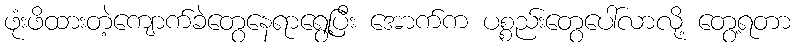
ဖုံးဖိထားတဲ့ကျောက်ခဲတွေနေရာရွေ့ပြီး အောက်က ပစ္စည်းတွေပေါ်လာလို့ တွေ့ရတာ